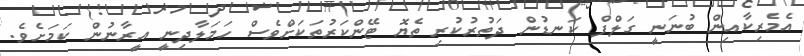
އެމެރިކާއިން ބުނަނީ ގަލްފް ކަނޑުން ދަތުރުކުރި ތެޔޮ ޓޭންކަރުތަކަށްވެސް ހަމަލާދިނީ އީރާނުން ކަމަށެވެ.